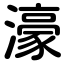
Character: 濠